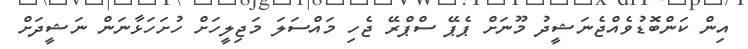
އިން ކަންބޮޑުވެއްޖެނަޝީދު މޫނަށް ޕެޕޭ ސްޕްރޭ ޖެހި މައްސަލަ މަޖިލީހަށް ހުށަހަޅާނަން ނަޝީދަށް